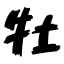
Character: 牡